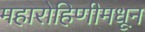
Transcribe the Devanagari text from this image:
महारोहिणीमधून